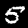
Label: 5